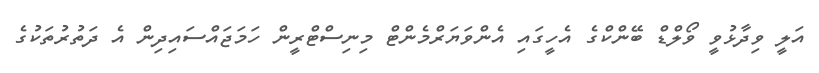
އަލީ ވިދާޅުވީ ވޯލްޑް ބޭންކްގެ އެހީގައި އެންވަޔަރްމެންޓް މިނިސްޓްރީން ހަމަޖައްސައިދިން އެ ދަތުރުތަކުގެ